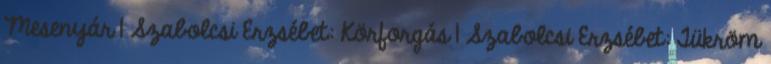
Mesenyár 1 Szabolcsi Erzsébet: Körforgás 1 Szabolcsi Erzsébet: Tükröm